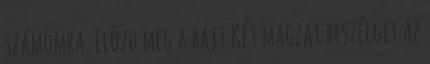
számomra. Előzd meg a bajt Két magzat beszélget az